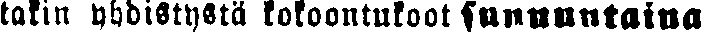
takin yhdistystä kokoontukoot sunnuntaina